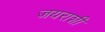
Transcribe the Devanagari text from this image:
जयराशी